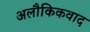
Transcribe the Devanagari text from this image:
अलौकिकवाद